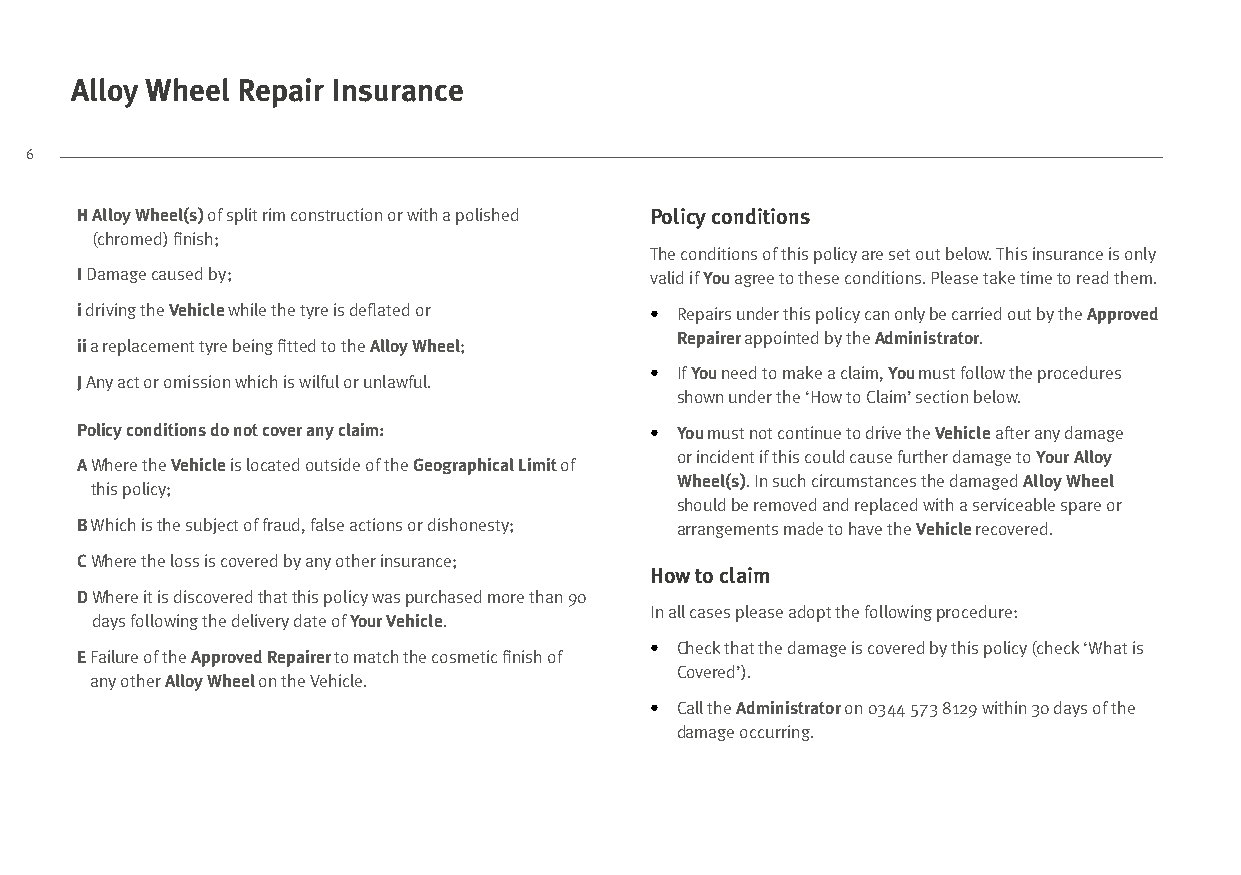
Alloy Wheel Repair Insurance
 6
 H Alloy Wheel(s) of split rim construction or with a polished Policy conditions
 (chromed) finish;
 The conditions of this policy are set out below. This insurance is only
 I Damage caused by;                   valid if You agree to these conditions. Please take time to read them.
 i driving the Vehicle while the tyre is deflated or • R epairs under this policy can only be carried out by the Approved
 Repairer appointed by the Administrator.
 ii a replacement tyre being fitted to the Alloy Wheel;
 • If You need to make a claim, You must follow the procedures
 J Any act or omission which is wilful or unlawful.
 shown under the ‘How to Claim’ section below.
 Policy conditions do not cover any claim: • You must not continue to drive the Vehicle after any damage
 or incident if this could cause further damage to Your Alloy
 A Where the Vehicle is located outside of the Geographical Limit of
 Wheel(s). In such circumstances the damaged Alloy Wheel
 this policy;
 should be removed and replaced with a serviceable spare or
 B Which is the subject of fraud, false actions or dishonesty; arrangements made to have the Vehicle recovered.
 C Where the loss is covered by any other insurance;
 How to claim
 D Where it is discovered that this policy was purchased more than 90
 In all cases please adopt the following procedure:
 days following the delivery date of Your Vehicle.
 • Check that the damage is covered by this policy (check ‘What is
 E Failure of the Approved Repairer to match the cosmetic finish of
 Covered’).
 any other Alloy Wheel on the Vehicle.
 • Call the Administrator on 0344 573 8129 within 30 days of the
 damage occurring.